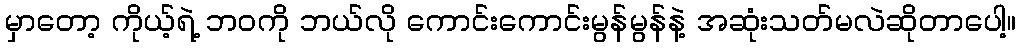
မှာတော့ ကိုယ့်ရဲ့ ဘဝကို ဘယ်လို ကောင်းကောင်းမွန်မွန်နဲ့ အဆုံးသတ်မလဲဆိုတာပေါ့။